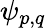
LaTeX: \psi_{p,q}